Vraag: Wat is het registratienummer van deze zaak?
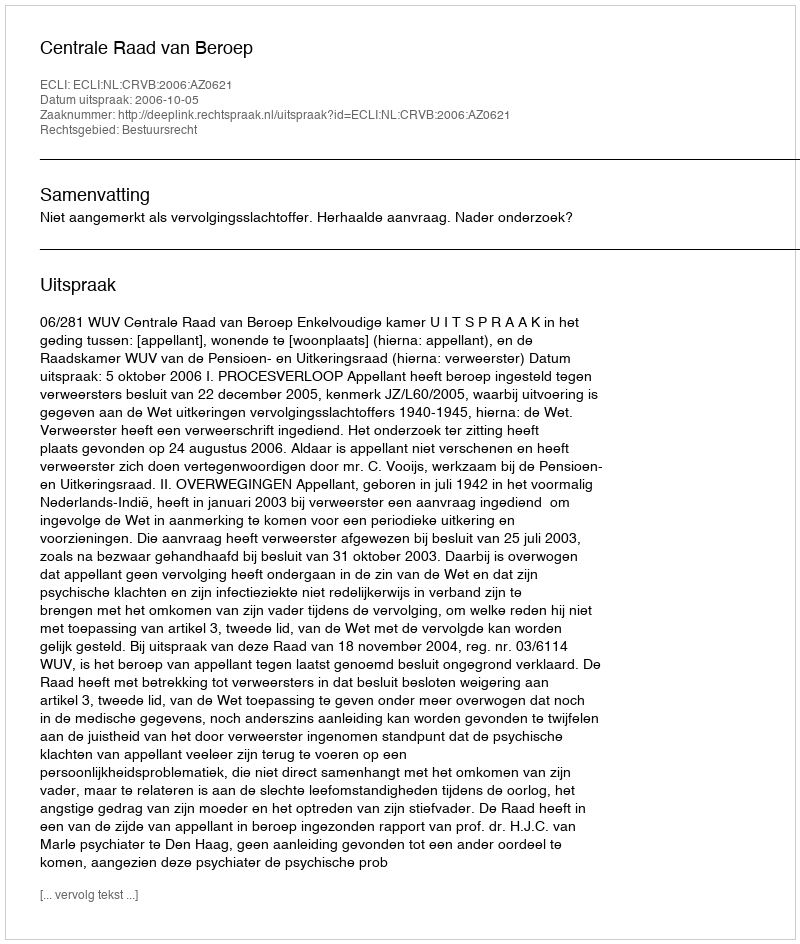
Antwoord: http://deeplink.rechtspraak.nl/uitspraak?id=ECLI:NL:CRVB:2006:AZ0621